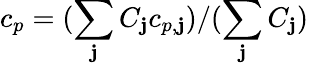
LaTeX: c_{p}=(\sum_{\mathbf{j}}C_{\mathbf{j}}c_{p,\mathbf{j}})/(\sum_{\mathbf{j}}C_{\mathbf{j}})